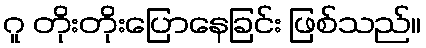
ဂူ တိုးတိုးပြောနေခြင်း ဖြစ်သည်။